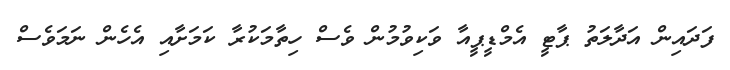
ފަދައިން އަދާލަތު ޕާޓީ އެމްޑީޕީއާ ވަކިވުމުން ވެސް ހިތާމަކުރާ ކަމަށާއި އެހެން ނަމަވެސް